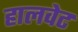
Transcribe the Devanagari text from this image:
हालवेट